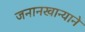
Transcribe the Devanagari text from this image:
जनानखान्याने